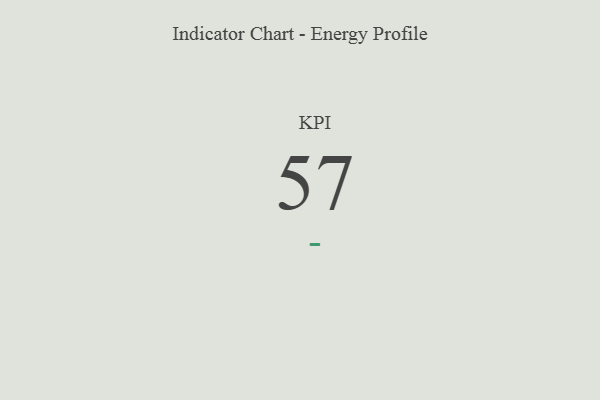
{"axis": {"x": "KPI", "y": "Value"}, "legend": [""], "data": [{"x": "KPI", "y": 57, "type": ""}]}